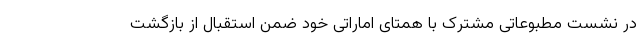
در نشست مطبوعاتی مشترک با همتای اماراتی خود ضمن استقبال از بازگشت